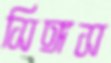
সিঙ্গস